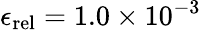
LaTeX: \epsilon_{\textup{rel}}=1.0\times 10^{-3}